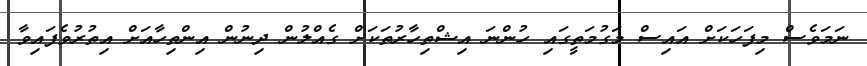
ނަމަވެސް މިފަހަކަށް އައިސް މަގުމަތީގައި ހުންނަ އިޝްތިހާރުތަކަށް ގެއްލުން ދިނުން އިންތިހާއަށް އިތުރުވެފައިވާ